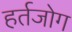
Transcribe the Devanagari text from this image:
हर्तजोग